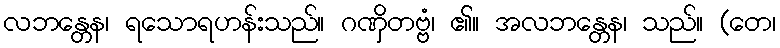
လဘန္တေန၊ ရသောရဟန်းသည်။ ဂဏှိတဗ္ဗံ၊ ၏။ အလဘန္တေန၊ သည်။ (တေ၊